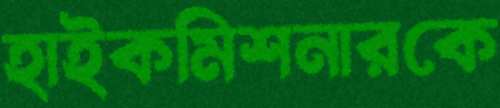
হাইকমিশনারকে